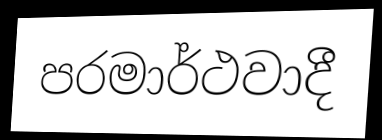
පරමාර්ථවාදී